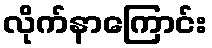
လိုက်နာကြောင်း